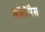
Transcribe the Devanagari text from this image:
सॉलॅरिस